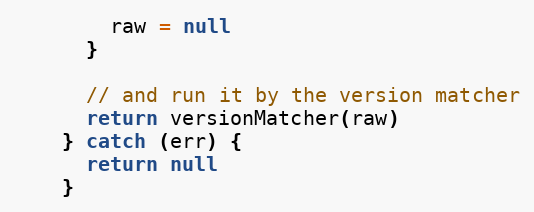
Language: JavaScript
        raw = null
      }

      // and run it by the version matcher
      return versionMatcher(raw)
    } catch (err) {
      return null
    }